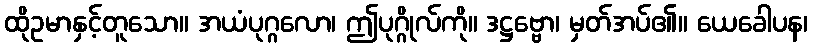
ထိုဥမာနှင့်တူသော။ အယံပုဂ္ဂလော၊ ဤပုဂ္ဂိုလ်ကို။ ဒဋ္ဌဗ္ဗော၊ မှတ်အပ်၏။ ယေခေါပန၊